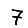
Digit: 7